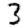
Digit: 3